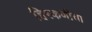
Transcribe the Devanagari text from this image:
हिरकणीचा